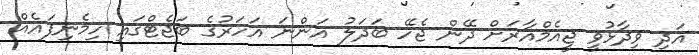
އަދި ވިދާޅުވީ ޖީއެމްއާރަށް ދޭން ޖެހޭ ބަދަލު އަންނަ އަހަރުގެ ބަޖެޓްގައި ހިމެނިފައެއް